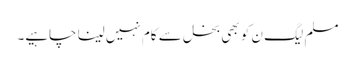
مسلم لیگ ن کو بھی بخل سے کام نہیں لینا چاہیے۔